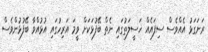
ރަނަގަޅު އެއްވެސް ސިފައެއް ޚަސީލަތުގައި ނެތް ބޭފުޅަކަށް ވީމަ އަރިހުގައި އުޅުއްވާ ބޭފުޅުންވެސް